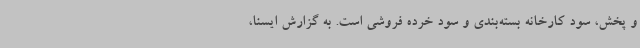
و پخش، سود کارخانه بسته‌بندی و سود خرده فروشی است. به گزارش ایسنا،